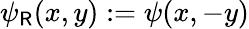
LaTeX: \psi_{\mathsf{R}}(x,y):=\psi(x,-y)